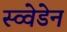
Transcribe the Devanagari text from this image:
स्व्वेडेन